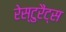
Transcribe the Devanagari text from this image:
रेस्टुरैंट्स